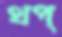
থপ্‌